Vaccination United Provinces of Agra and Oudh 1902-1913 - 1902-1913
Year: 1902
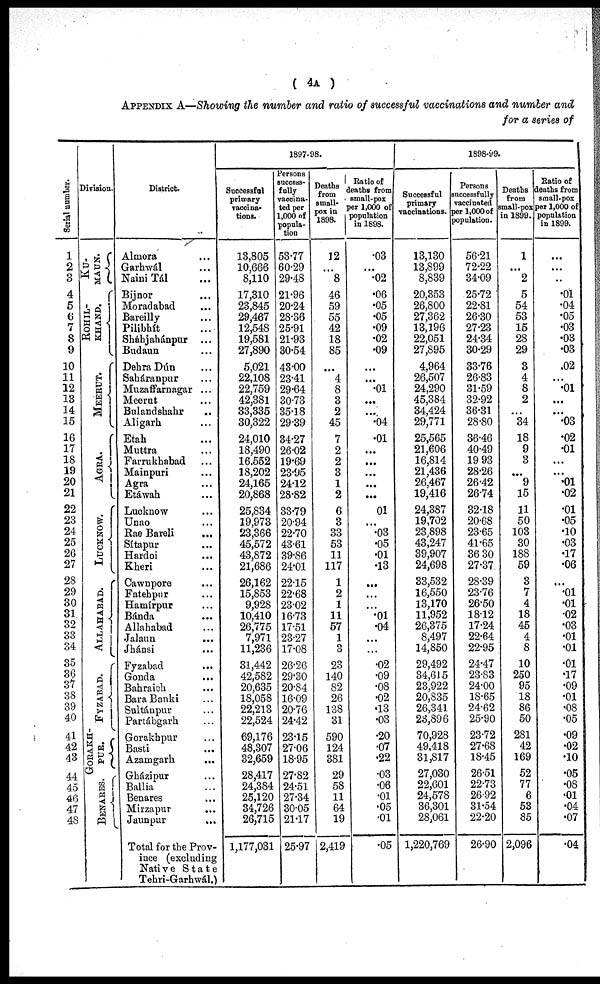
( 4A )
APPENDIX A—Showing the number and ratio of successful vaccinations and number and
for a series of
Serial number.
1
2
3
4
5
6
7
8
9
10
11
12
13
14
15
16
17
18
19
20
21
22
23
24
25
26
27
28
29
30
31
32
33
34
35
36 37
38
39
40
41
42
43
44
45
46
47
48
Division.
KU¬
MAUN.
ROHIL¬
KHAND.
MEERUT.
AGRA.
LUCKNOW.
ALLAHABAD.
FYZABAD.
GORAKH¬
PUR.
BENARES.
District.
Almora ...
Garhwál ...
Naini Tál ...
Bijnor ...
Moradabad ...
Bareilly ...
Pilibhít ...
Sháhjahánpur ...
Budaun ...
Dehra Dún ...
Saháranpur ...
Muzaffarnagar ...
Meerut ...
Bulandshahr ...
Aligarh ...
Etah ...
Muttra ...
Farrukhabad ...
Mainpuri ...
Agra ...
Etáwah ...
Lucknow ...
Unao ...
Rae Bareli ...
Sítapur ...
Hardoi ...
Kheri ...
Cawnpore ...
Fatehpur ...
Hamírpur ...
Bánda ...
Allahabad ...
Jalaun ...
Jhánsi ...
Fyzabad ...
Gonda
...
Bahraich ...
Bara Banki ...
Sultánpur ...
Partábgarh ...
Gorakhpur ...
Basti ...
Azamgarh ...
Gházipur ...
Ballia ...
Benares ...
Mirzapur ...
Jaunpur ...
Total for the Prov-
ince (excluding
Native State
Tehri-Garhwál.)
1897-98.
Successful
primary
vaccina¬
tions.
13,805
10,666
8,110
17,310
23,845
29,467
12,548
19,581
27,890
5,021
22,108
22,759
42,381
33,335
30,322
24,010
18,490
16,552
18,202
24,165
20,868
25,834
19,973
23,366
45,572
43,872
21,686
26,162
15,853
9,928
10,410
26,775
7,971
11,236
31,442
42,582
20,635
18,058
22,213
22,524
69,176
48,307
32,659
28,417
24,384
25,120
34,726
26,715
1,177,031
Persons
success¬
fully
vaccina-
ted per
1,000 of
popula-
tion.
53.77
60.29
29.48
21.96
20.24
28.36
25.91
21.93
30.54
43.00
23.41
29.64
30.73
35.18
29.39
34.27
26.02
19.69
23.95
24.12
28.82
33.79
20.94
22.70
43.61
39.86
24.01
22.15
22.68
23.02
16.73
17.51
23.27
17.08
26.26
29.30
20.84
16.09
20.76
24.42
23.15
27.06
18.95
27.82
24.51
27.34
30.05
21.17
25.97
Deaths
from
small-
pox in
1898.
12
...
8
46
59
55
42
18
85
4
8
3
2
45
7
2
2
3
1
2
6
3
33
53
11
117
1
2
1
11
57
1
3
23
140
82
26
138
31
590
124
381
29
58
11
64
19
2,419
Ratio of
deaths from
small-pox
per 1,000 of
population
in 1898.
.03
...
.02
.06
.05
.05
.09
.02
.09
...
...
.01
...
...
.04
.01
...
...
...
...
...
.01
...
.03
.05
.01
.13
...
...
...
.01
.04
...
...
.02
.09
.08
.02
.13
.03
.20
.07
.22
.03
.06
.01
.05
.01
.05
1898-99.
Successful
primary
vaccinations.
13,130
13,899
8,839
20,353
26,800
27,362
13,196
22,051
27,895
4,964
26,507
24,290
45,384
34,424
29,771
25,565
21,606
16,814
21,436
26,467
19,416
24,387
19,702
23,898
43,247
39,907
24,698
33,532
16,550
13,170
11,952
26,375
8,497
14,850
29,492
34,615
23,922
20,835
26,341
23,896
70,928
49,418
31,817
27,030
22,601
24,578
36,301
28,061
1,220,769
Persons
successfully
vaccinated
per 1,000 of
population.
56.21
72.22
34.09
25.72
22.81
26.30
27.23
24.34
30.29
33.76
26.83
31.59
32.92
36.31
28.80
36.46
40.49
19.93
28.26
26.42
26.74
32.18
20.68
23.65
41.65
36.30
27.37
28.39
23.76
26.50
18.12
17.24
22.64
22.95
24.47
23.83
24.00
18.65
24.62
25.90
23.72
27.68
18.45
26.51
22.73
26.92
31.54
22.20
26.90
Deaths
from
small-pox
in 1899.
1
...
2
5
54
53
15
28
29
3
4
8
2
...
34
18
9
3
...
9
15
11
50
103
30
188
59
3
7
4
18
45
4
8
10
250
95
18
86
50
281
42
169
52
77
6
53
85
2,096
Ratio of
deaths from
small-pox
per 1,000 of
population
in 1899.
...
...
...
.01
.04
.05
.03
.03
.03
.02
...
.01
...
...
.03
.02
.01
...
...
.01
.02
.01
.05
.10
.03
.17
.06
...
.01
.01
.02
.03
.01
.01
.01
.17
.09
.01
.08
.05
.09
.02
.10
.05
.08
.01
.04
.07
.04